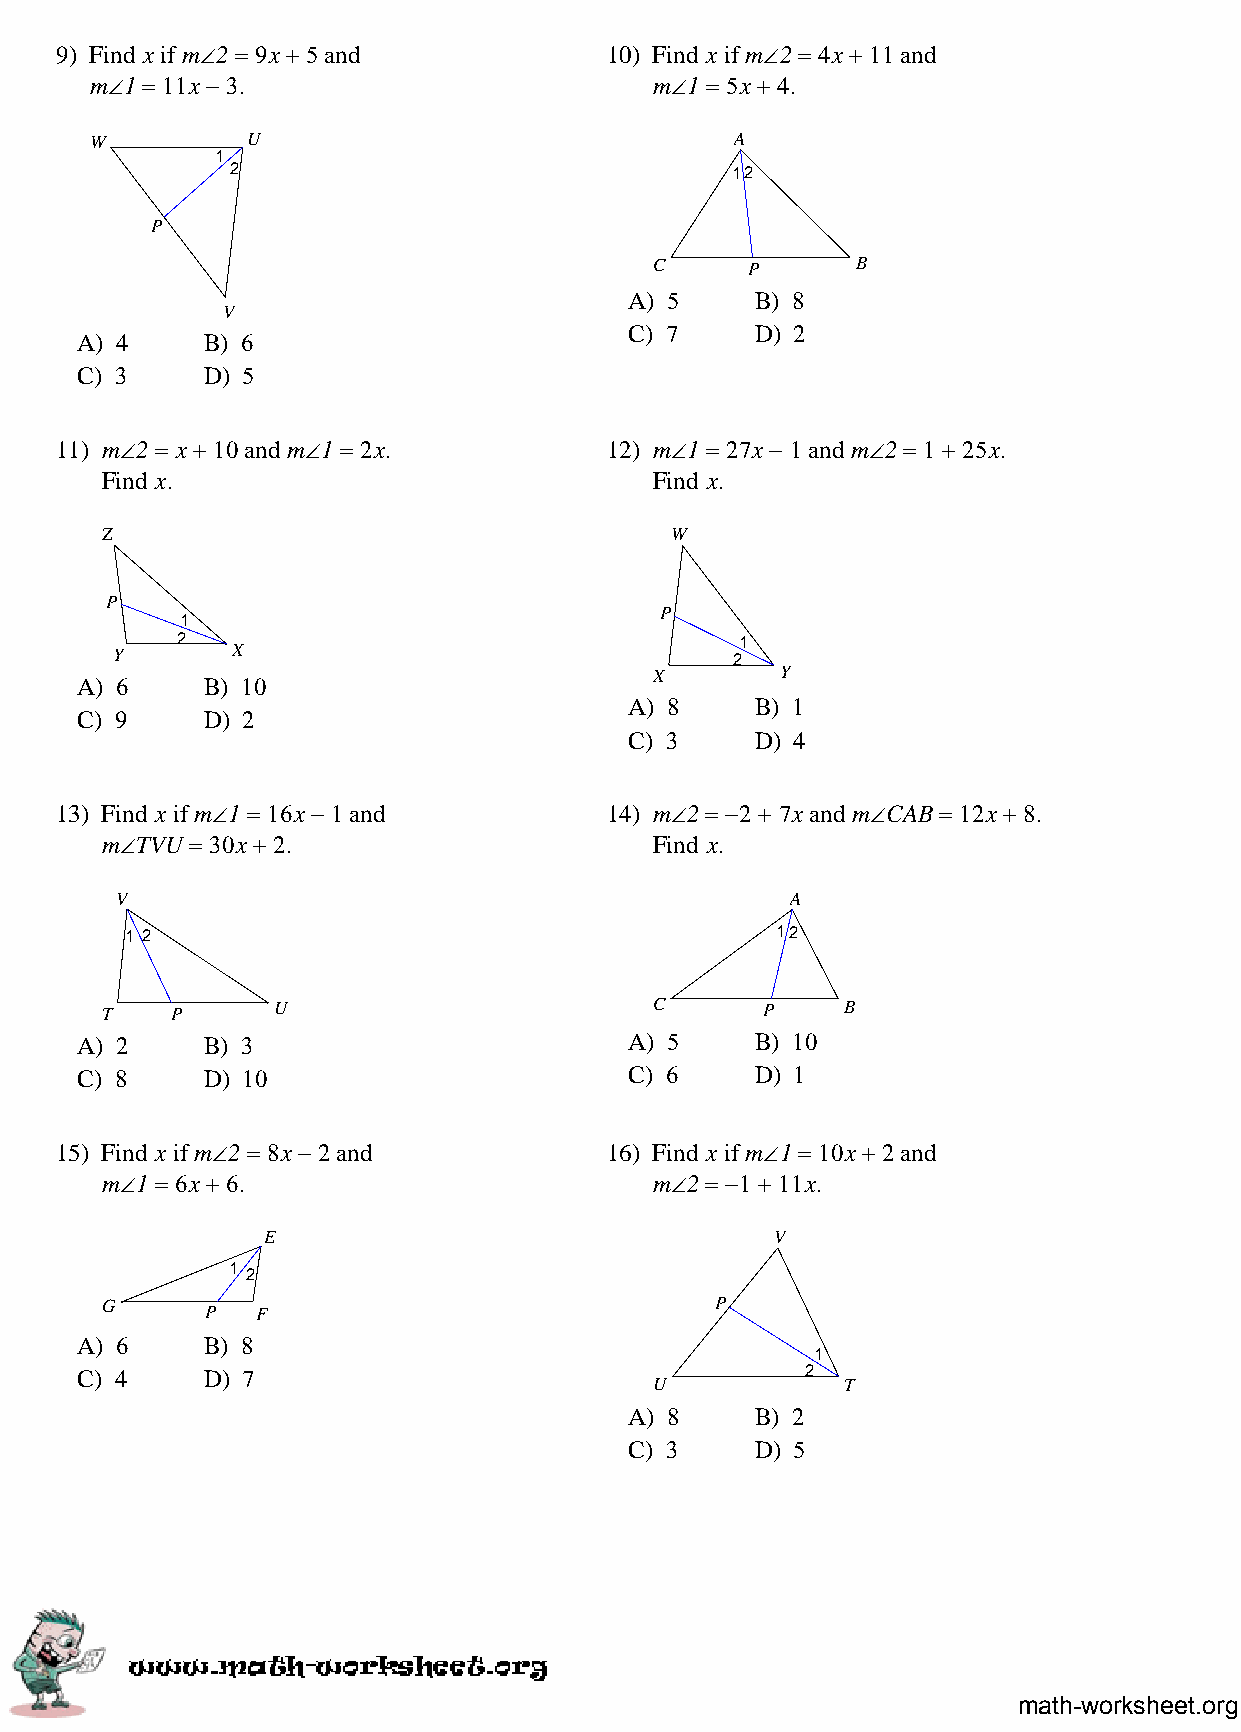
9) Find x if m∠2 = 9x + 5 and       10) Find x if m∠2 = 4x + 11 and
 m∠1 = 11x − 3.                       m∠1 = 5x + 4.
 W         U                                A
 1
 2                                12
 P
 C     P       B
 A) 5    B) 8
 V
 C) 7    D) 2
 A) 4    B) 6
 C) 3    D) 5
 11) m∠2 = x + 10 and m∠1 = 2x.      12) m∠1 = 27x − 1 and m∠2 = 1 + 25x.
 Find x.                             Find x.
 Z                                    W
 P
 P
 1
 2                                    1
 Y       X                                 2
 X        Y
 A) 6    B) 10
 A) 8    B) 1
 C) 9    D) 2
 C) 3    D) 4
 13) Find x if m∠1 = 16x − 1 and     14) m∠2 = −2 + 7x and m∠CAB = 12x + 8.
 m∠TVU = 30x + 2.                    Find x.
 V                                           A
 1 2                                        12
 T   P      U                        C       P    B
 A) 2    B) 3                         A) 5    B) 10
 C) 8    D) 10                        C) 6    D) 1
 15) Find x if m∠2 = 8x − 2 and      16) Find x if m∠1 = 10x + 2 and
 m∠1 = 6x + 6.                       m∠2 = −1 + 11x.
 E                                 V
 1
 2
 G      P  F                             P
 A) 6    B) 8
 1
 C) 4    D) 7                                    2
 U            T
 A) 8    B) 2
 C) 3    D) 5
 math-worksheet.org